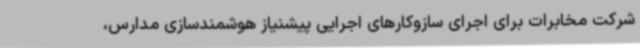
شرکت مخابرات برای اجرای سازوکارهای اجرایی پیشنیاز هوشمندسازی مدارس،